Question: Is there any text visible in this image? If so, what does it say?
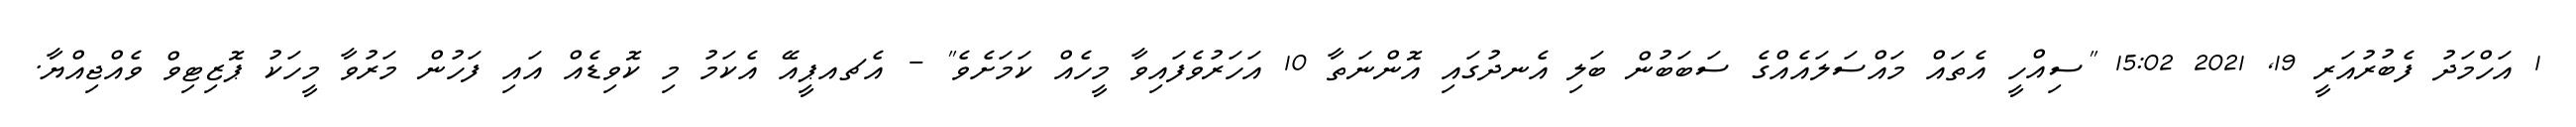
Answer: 1 އަހްމަދު ފެބުރުއަރީ 19, 2021 15:02 "ސިއްހީ އެތައް މައްސަލައެއްގެ ސަބަބުން ބަލި އެނދުގައި އޮންނަތާ 10 އަހަރުވެފައިވާ މީހެއް ކަމަށެވެ" - އެޗއޕީއޭ އެކަމު މި ކޮވިޑެއް އައި ފަހުން މަރުވާ މީހަކު ޕޮޒިޓިވް ވެއްޖިއްޔާ.